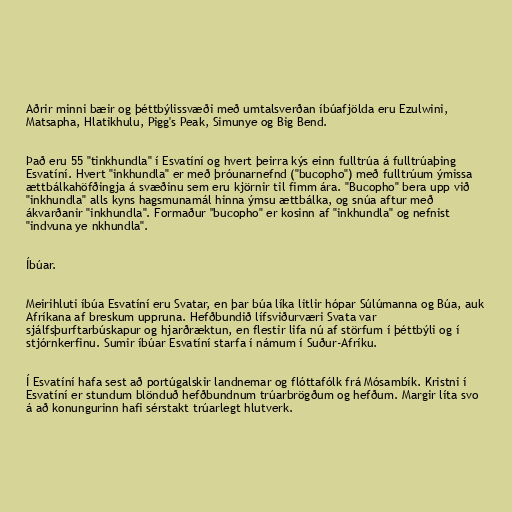
Aðrir minni bæir og þéttbýlissvæði með umtalsverðan íbúafjölda eru Ezulwini,
Matsapha, Hlatikhulu, Pigg's Peak, Simunye og Big Bend.

Það eru 55 "tinkhundla" í Esvatíní og hvert þeirra kýs einn fulltrúa á fulltrúaþing
Esvatíní. Hvert "inkhundla" er með þróunarnefnd ("bucopho") með fulltrúum ýmissa
ættbálkahöfðingja á svæðinu sem eru kjörnir til fimm ára. "Bucopho" bera upp við
"inkhundla" alls kyns hagsmunamál hinna ýmsu ættbálka, og snúa aftur með
ákvarðanir "inkhundla". Formaður "bucopho" er kosinn af "inkhundla" og nefnist
"indvuna ye nkhundla".

Íbúar.

Meirihluti íbúa Esvatíní eru Svatar, en þar búa líka litlir hópar Súlúmanna og Búa, auk
Afríkana af breskum uppruna. Hefðbundið lífsviðurværi Svata var
sjálfsþurftarbúskapur og hjarðræktun, en flestir lifa nú af störfum í þéttbýli og í
stjórnkerfinu. Sumir íbúar Esvatíní starfa í námum í Suður-Afríku.

Í Esvatíní hafa sest að portúgalskir landnemar og flóttafólk frá Mósambík. Kristni í
Esvatíní er stundum blönduð hefðbundnum trúarbrögðum og hefðum. Margir líta svo
á að konungurinn hafi sérstakt trúarlegt hlutverk.